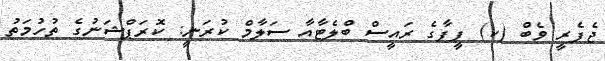
ޖެފެރީ ވެބް (ކ) ފީފާގެ ރައީސް ބްލެޓާއާ ސަލާމް ކުރަނީ: ކޮރަޕްޝަނުގެ ތުހުމަތު